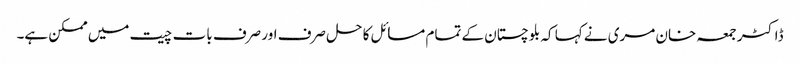
ڈاکٹر جمعہ خان مری نے کہا کہ بلوچستان کے تمام مسائل کا حل صرف اور صرف بات چیت میں ممکن ہے۔